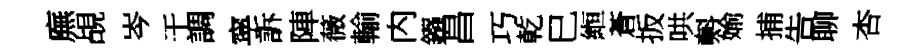
廡覘岑干調寜訴陣薇輸内鏹昌巧乾巳縆蒼扳哄㪺媮捕告聊杏